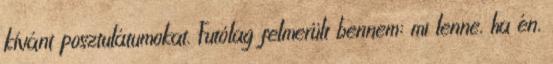
kívánt posz­tu­látumokat. Futólag felmerült bennem: mi lenne, ha én,